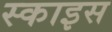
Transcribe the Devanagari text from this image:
स्काइस